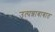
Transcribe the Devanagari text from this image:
उत्पन्नाबाबात